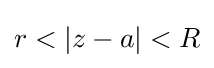
r<|z-a|<R